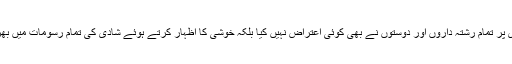
ایک ساتھ دوشادی پر تمام رشتہ داروں اور دوستوں نے بھی کوئی اعتراض نہیں کیا بلکہ خوشی کا اظہار کرتے ہوئے شادی کی تمام رسومات میں بھرپور شرکت کی۔